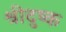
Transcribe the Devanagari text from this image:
श्रीदुष्क